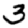
Digit: 3